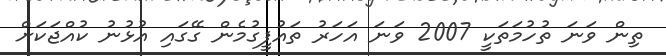
ތިން ވަނަ ތުހުމަތަކީ 2007 ވަނަ އަހަރު ތައުފީގުމެން ގޭގައި އުޅުނު ކުއްޖަކަށް